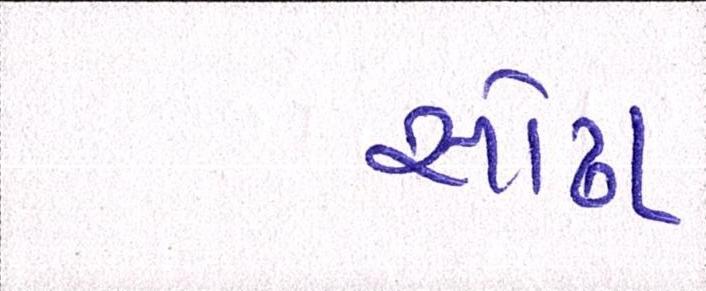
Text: સોઢા